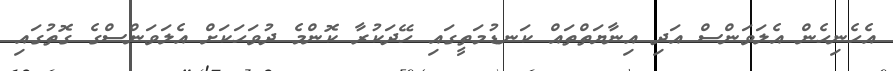
އެހެނިހެން އެލަވަންސް އަދި އިނާޔަތްތައް ކަނޑުމަތީގައި ހޭދަކުރާ ކޮންމެ ދުވަހަކަށް އެލަވަންސްގެ ގޮތުގައި